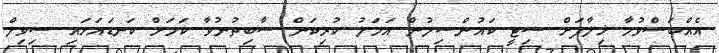
އެއްބަސްވުމާ ޚިލާފަށް ސިޓީ ކައުންސިލުން އަމަލު ކުރިކަން ސާބިތުނުވާ ކަމަށް ކަނޑައަޅައި ސިވިލް